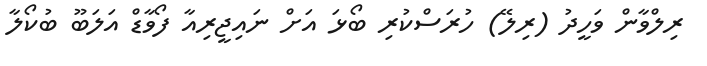
ރިލްވާން ވަހީދު (ރިލޭ) ހުރަސްކުރި ބޯޅަ އަށް ނައިޖީރިއާ ފޯވާޑް އަލަބޫ ބުކޯލާ